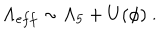
\Lambda _ { e f f } \sim \Lambda _ { 5 } + U ( \phi ) \ .